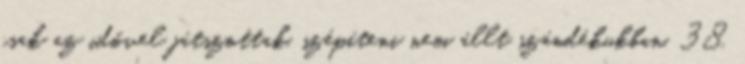
csak az idővel játszottak, szépíteni nem állt szándékukban. 38.